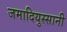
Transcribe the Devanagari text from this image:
जमादियुस्सानी